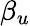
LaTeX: \beta_{u}